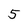
Character: 5